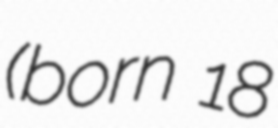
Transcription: (born 18